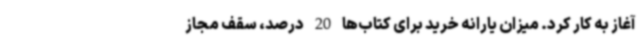
آغاز به کار کرد. میزان یارانه خرید برای کتاب‌ها 20 درصد، سقف مجاز